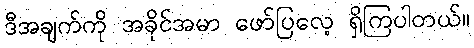
ဒီအချက်ကို အခိုင်အမာ ဖော်ပြလေ့ ရှိကြပါတယ်။